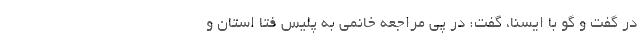
در گفت و گو با ایسنا، گفت: در پی مراجعه خانمی به پلیس فتا استان و